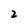
Character: 2